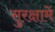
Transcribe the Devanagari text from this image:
सुरक्षामें